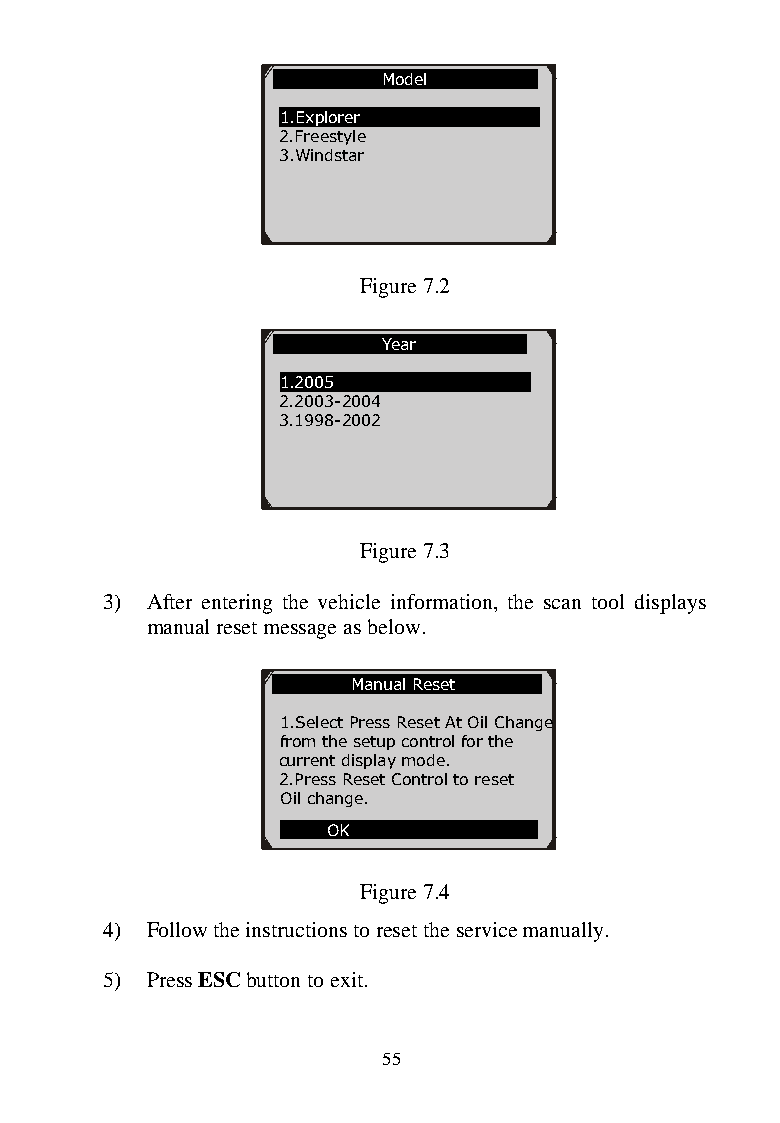
Model
 1.Explorer
 2.Freestyle
 3.Windstar
 Figure 7.2
 Year
 1.2005
 2.2003 -2004
 3.1998 -2002
 Figure 7.3
 3) After entering the v ehicle information, the scan tool displays
 manual reset messag e as below.
 Manual Reset
 1.Sele ct Press Reset At Oil Change
 from t he setup control for the
 curren t display mode.
 2.Pres s Reset Control to reset
 Oil cha nge.
 OK
 Figure 7.4
 4) Follow the instructio ns to reset the service manually.
 5) Press ESC button to exit.
 55